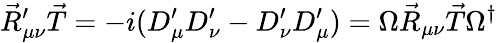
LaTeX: \vec{R}_{\mu\nu}^{\prime}\vec{T}=-i(D_{\mu}^{\prime}D_{\nu}^{\prime}-D_{\nu}^{\prime}D_{\mu}^{\prime})=\Omega\vec{R}_{\mu\nu}\vec{T}\Omega^{\dagger}